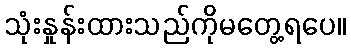
သုံးနှုန်းထားသည်ကိုမတွေ့ရပေ။